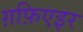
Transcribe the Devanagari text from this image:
ग़फ़िएइर